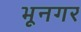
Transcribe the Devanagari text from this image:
भूनगर